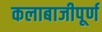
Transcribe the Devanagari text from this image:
कलाबाजीपूर्ण